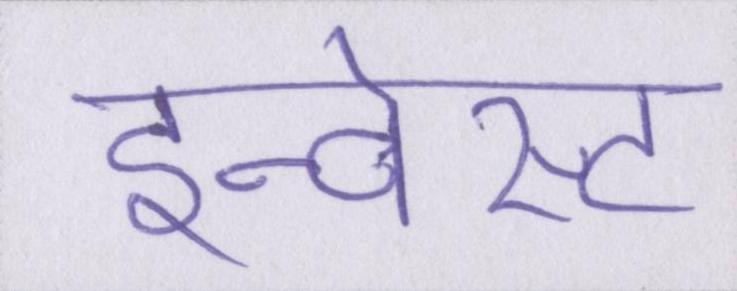
इन्वेस्ट